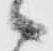
々